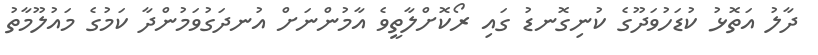
ދާލު އަތޮޅު ކުޑަހުވަދޫގެ ކުނިގޮނޑު ގައި ރޯކޮށްލާތީވެ އާމުންނަށް އުނދަގުވަމުންދާ ކަމުގެ މައުލޫމާތު